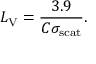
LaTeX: L _ { \mathrm { V } } = { \frac { 3 . 9 } { C \sigma _ { \mathrm { s c a t } } } } .